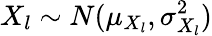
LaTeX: X_{l}\sim N(\mu_{X_{l}},\sigma_{X_{l}}^{2})